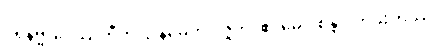
ပရိနိဗ္ဗာပေဿတီတိ ဌာနမေတံ ဝိဇ္ဇတိ၊ ဧဝမေဝ စုန္ဒ ဝိဟိံသကဿ